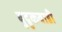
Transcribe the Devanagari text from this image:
बुद्रुकवाडी